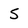
Character: 5